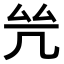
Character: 𠙃